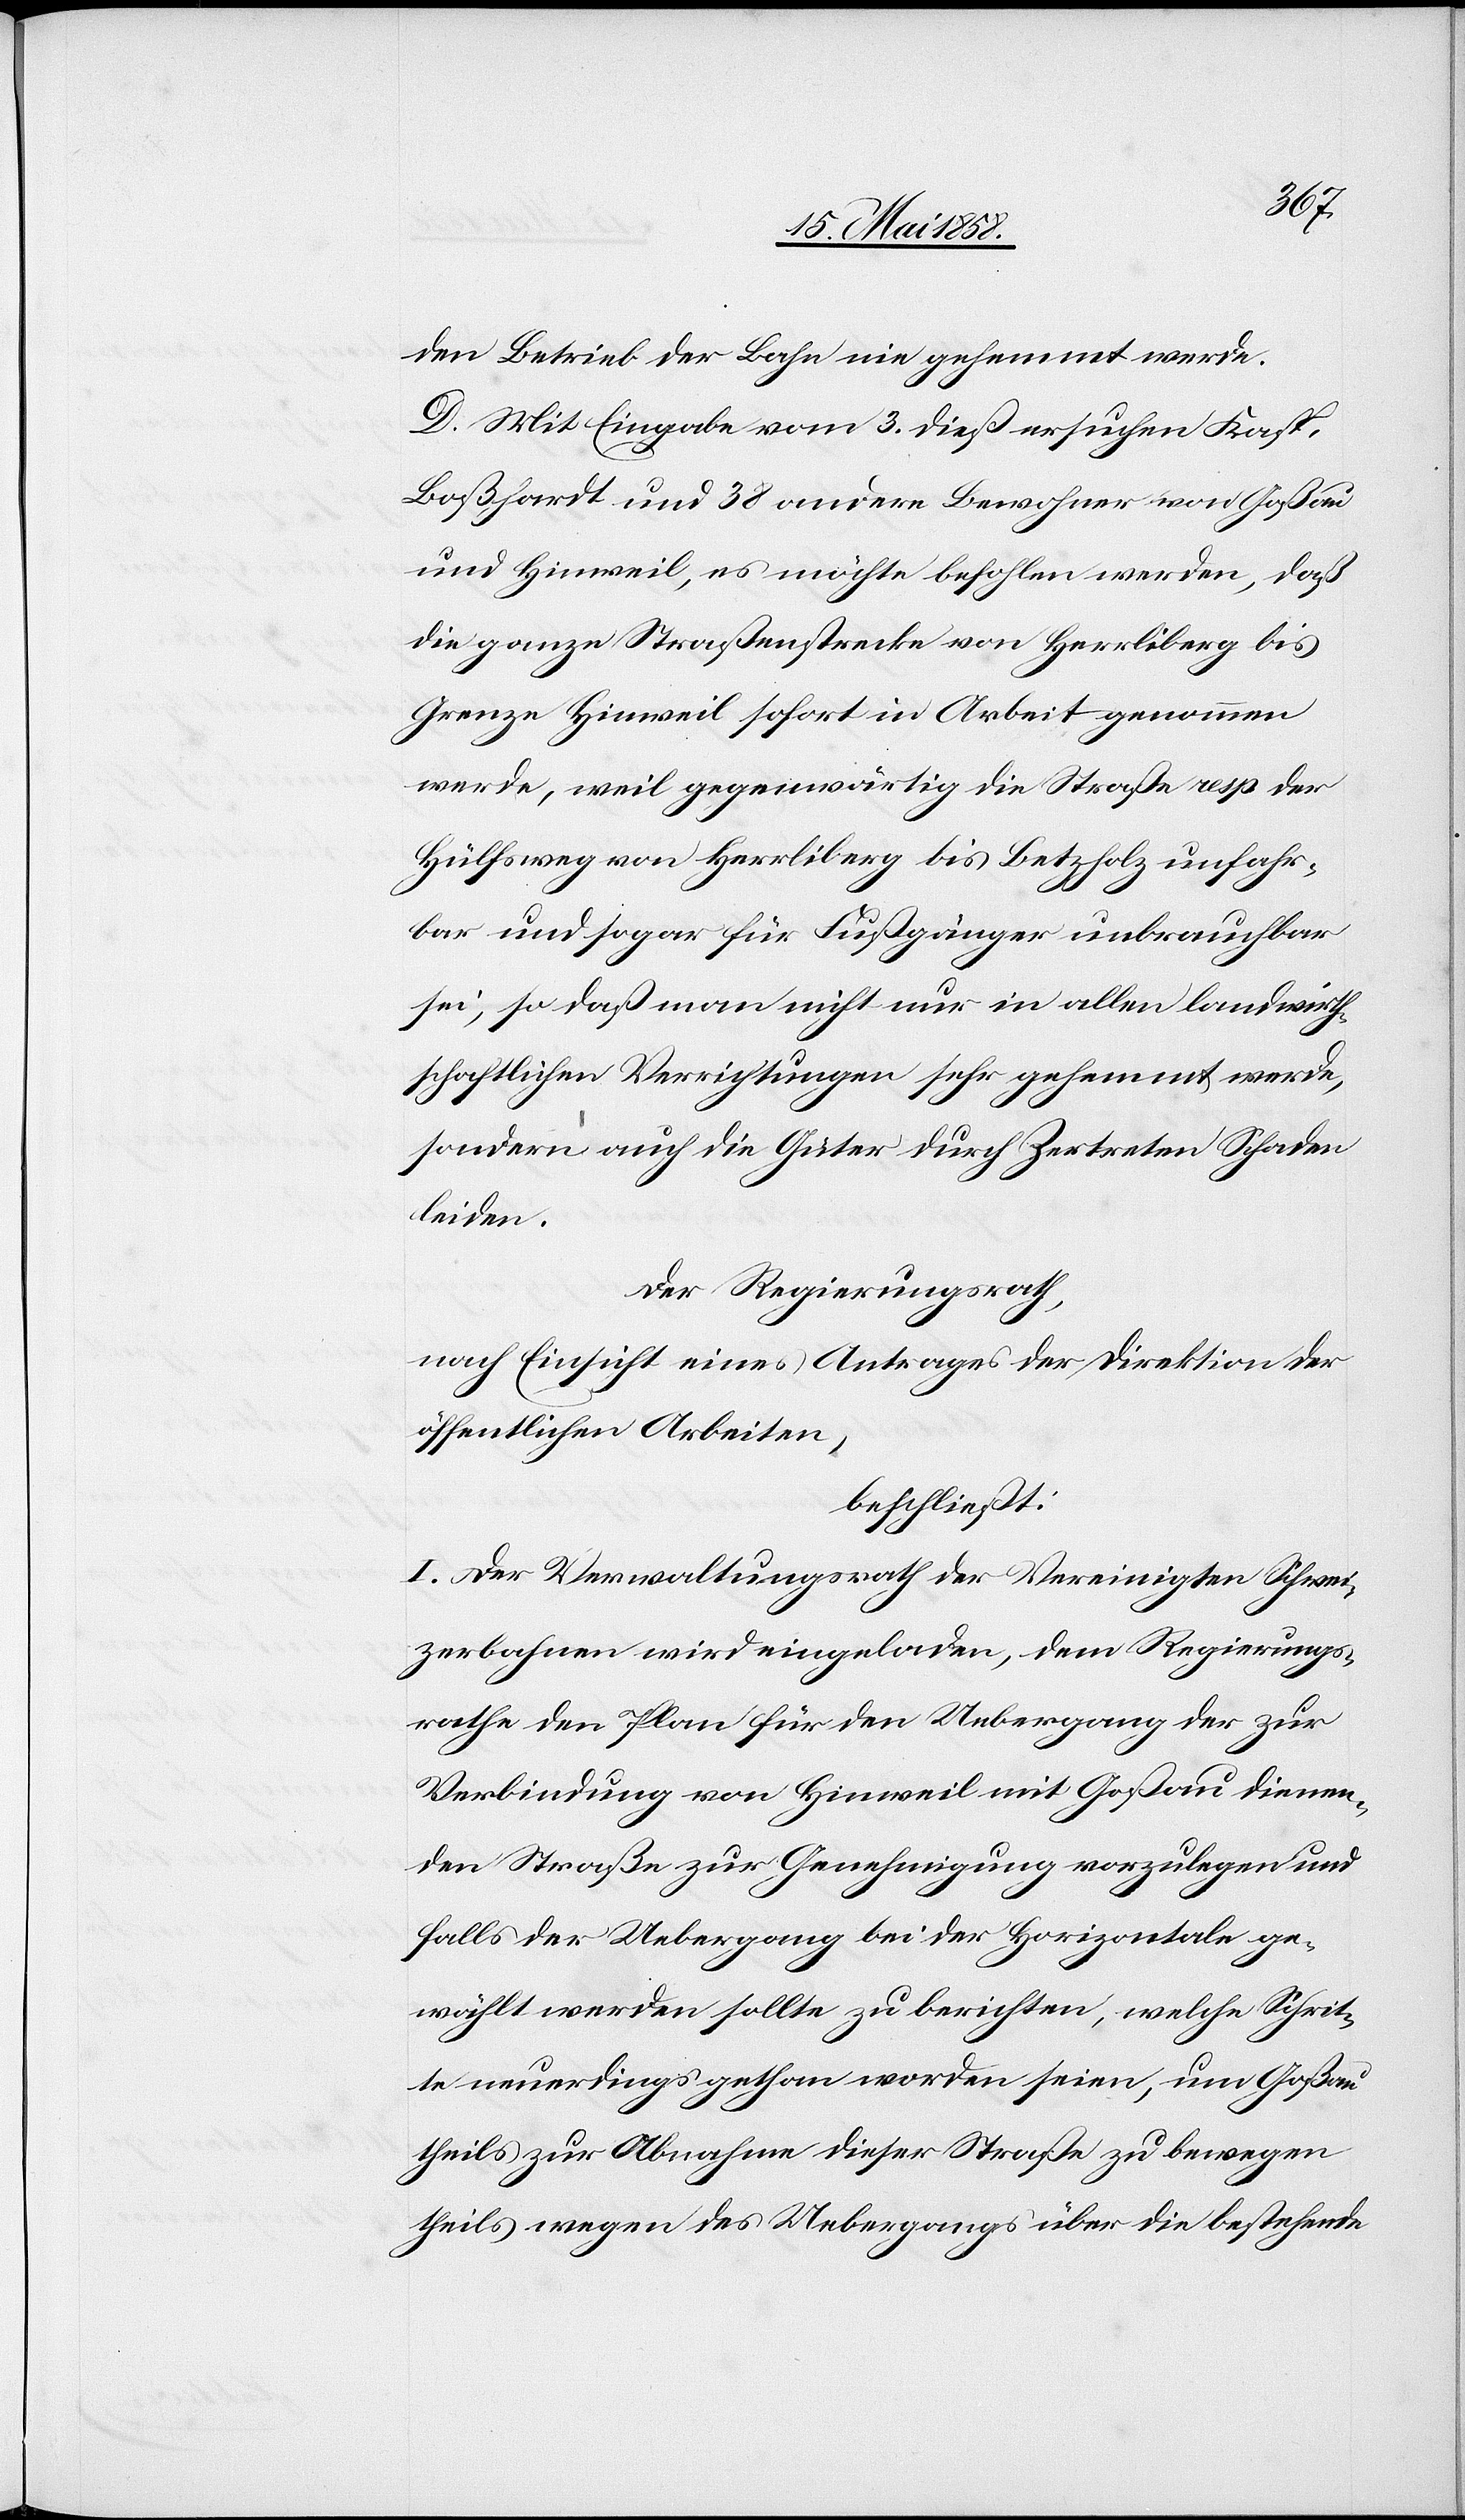
den Betrieb der Bahn nie gehemmt werde.
D. Mit Eingabe vom 3. dieß ersuche Kaps.
Boßhardt und 38 andere Bewohner von Goßau
und Hinweil, es möchte befohlen werden, daß
die ganze Straßenstrecke von Herrliberg bis
Grenze Hinweil sofort in Arbeit genommen
wird, weil gegenwärtig die Straße resp. der
Hülfsweg von Herrliberg bis Betzholz unfahr¬
bar und sogar für Fußgänger unbrauchbar
sei, so daß man nicht nur in allen landwirth¬
schaftlichen Verrichtungen sehr gehemmt werde,
sondern auch die Güter durch Zertreten Schaden
leiden.
Der Regierungsrath,
nach Einsicht eines Antrages der Direktion der
öffentlichen Arbeiten,
beschließt:
I. Der Verwaltungsrath der Vereinigten Schwei¬
zerbahnen wird eingeladen, dem Regierungs¬
rathe den Plan für den Uebergang der zur
Verbindung von Hinweil mit Goßau dienen¬
den Straße zur Genehmigung vorzulegen und
falls der Uebergang bei der Horizontale ge¬
wählt werden sollte zu berichten, welche Schrit¬
te neuerdings gethan worden seien, um Goßau
theils zur Abnahme dieser Straße zu bewegen
theils wegen des Uebergangs über die bestehende